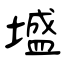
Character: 墭